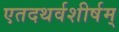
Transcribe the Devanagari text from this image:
एतदथर्वशीर्षम्‌